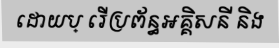
ដោយប្ រើប្រព័ន្ធអគ្គិសនី និង